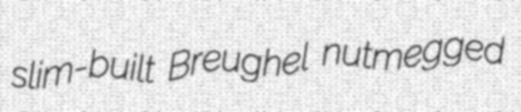
slim-built Breughel nutmegged